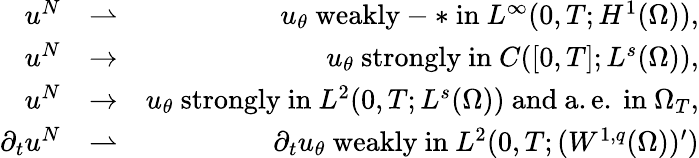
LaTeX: \begin{array}{rlr}{u^{N}}&{\rightharpoonup}&{u_{\theta}\mathrm{~weakly-*~in~}L^{\infty}(0,T;H^{1}(\Omega)),}\\ {u^{N}}&{\rightarrow}&{u_{\theta}\mathrm{~strongly~in~}C([0,T];L^{s}(\Omega)),}\\ {u^{N}}&{\rightarrow}&{u_{\theta}\mathrm{~strongly~in~}L^{2}(0,T;L^{s}(\Omega))\mathrm{~and~a.e.~in~}\Omega_{T},}\\ {\partial_{t}u^{N}}&{\rightharpoonup}&{\partial_{t}u_{\theta}\mathrm{~weakly~in~}L^{2}(0,T;(W^{1,q}(\Omega))^{\prime})}\end{array}